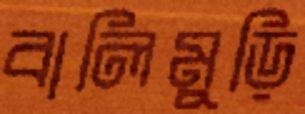
বালিমুড়ি